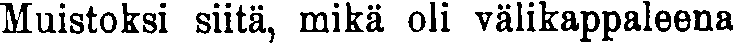
Muistoksi siitä, mikä oli välikappaleena